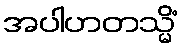
အပါဟတသ္မိံ